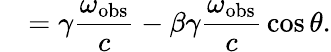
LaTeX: \quad=\gamma{\frac{\omega_{\mathrm{obs}}}{c}}-\beta\gamma{\frac{\omega_{\mathrm{obs}}}{c}}\cos\theta.